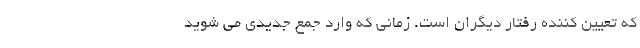
که تعیین کننده رفتار دیگران است. زمانی که وارد جمع جدیدی می شوید